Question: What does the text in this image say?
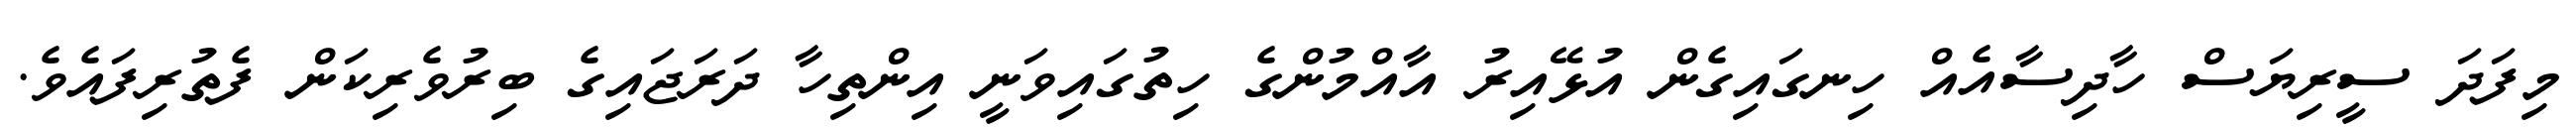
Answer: މިފަދަ ސީރިޔަސް ހާދިސާއެއް ހިނގައިގެން އުޅޭއިރު އާއްމުންގެ ހިތުގައިވަނީ އިންތިހާ ދަރަޖައިގެ ބިރުވެރިކަން ފެތުރިފައެވެ.